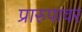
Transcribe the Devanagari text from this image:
प्रारुपावर